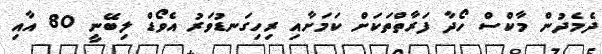
ދެމެދުން މާކްސް ހޯދާ ފަރާތްތަކަށް ކަމަށާއި ރިހިގަނޑުވަރު އެވޯޑް ލިބޭނީ 80 އާއި